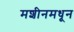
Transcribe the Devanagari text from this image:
मशीनमधून